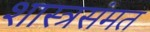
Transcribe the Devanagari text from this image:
शास्त्रसंमत